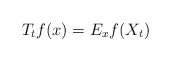
\begin{align*}T_{t}f(x)=E_xf(X_{t})\end{align*}